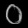
Digit: ၀